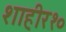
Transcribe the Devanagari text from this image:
शाहीर१०